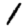
Digit: 1